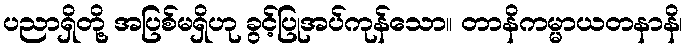
ပညာရှိတို့ အပြစ်မရှိဟု ခွင့်ပြုအပ်ကုန်သော။ တာနိကမ္မာယတနာနိ၊